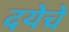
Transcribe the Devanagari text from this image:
दयेचे